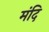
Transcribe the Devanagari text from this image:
मंदि